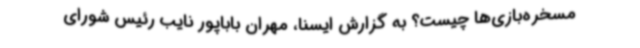
مسخره‌بازی‌ها چیست؟ به گزارش ایسنا، مهران باباپور نایب رئیس شورای